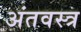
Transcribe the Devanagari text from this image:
अंतवस्त्र